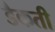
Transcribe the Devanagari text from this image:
डैकती